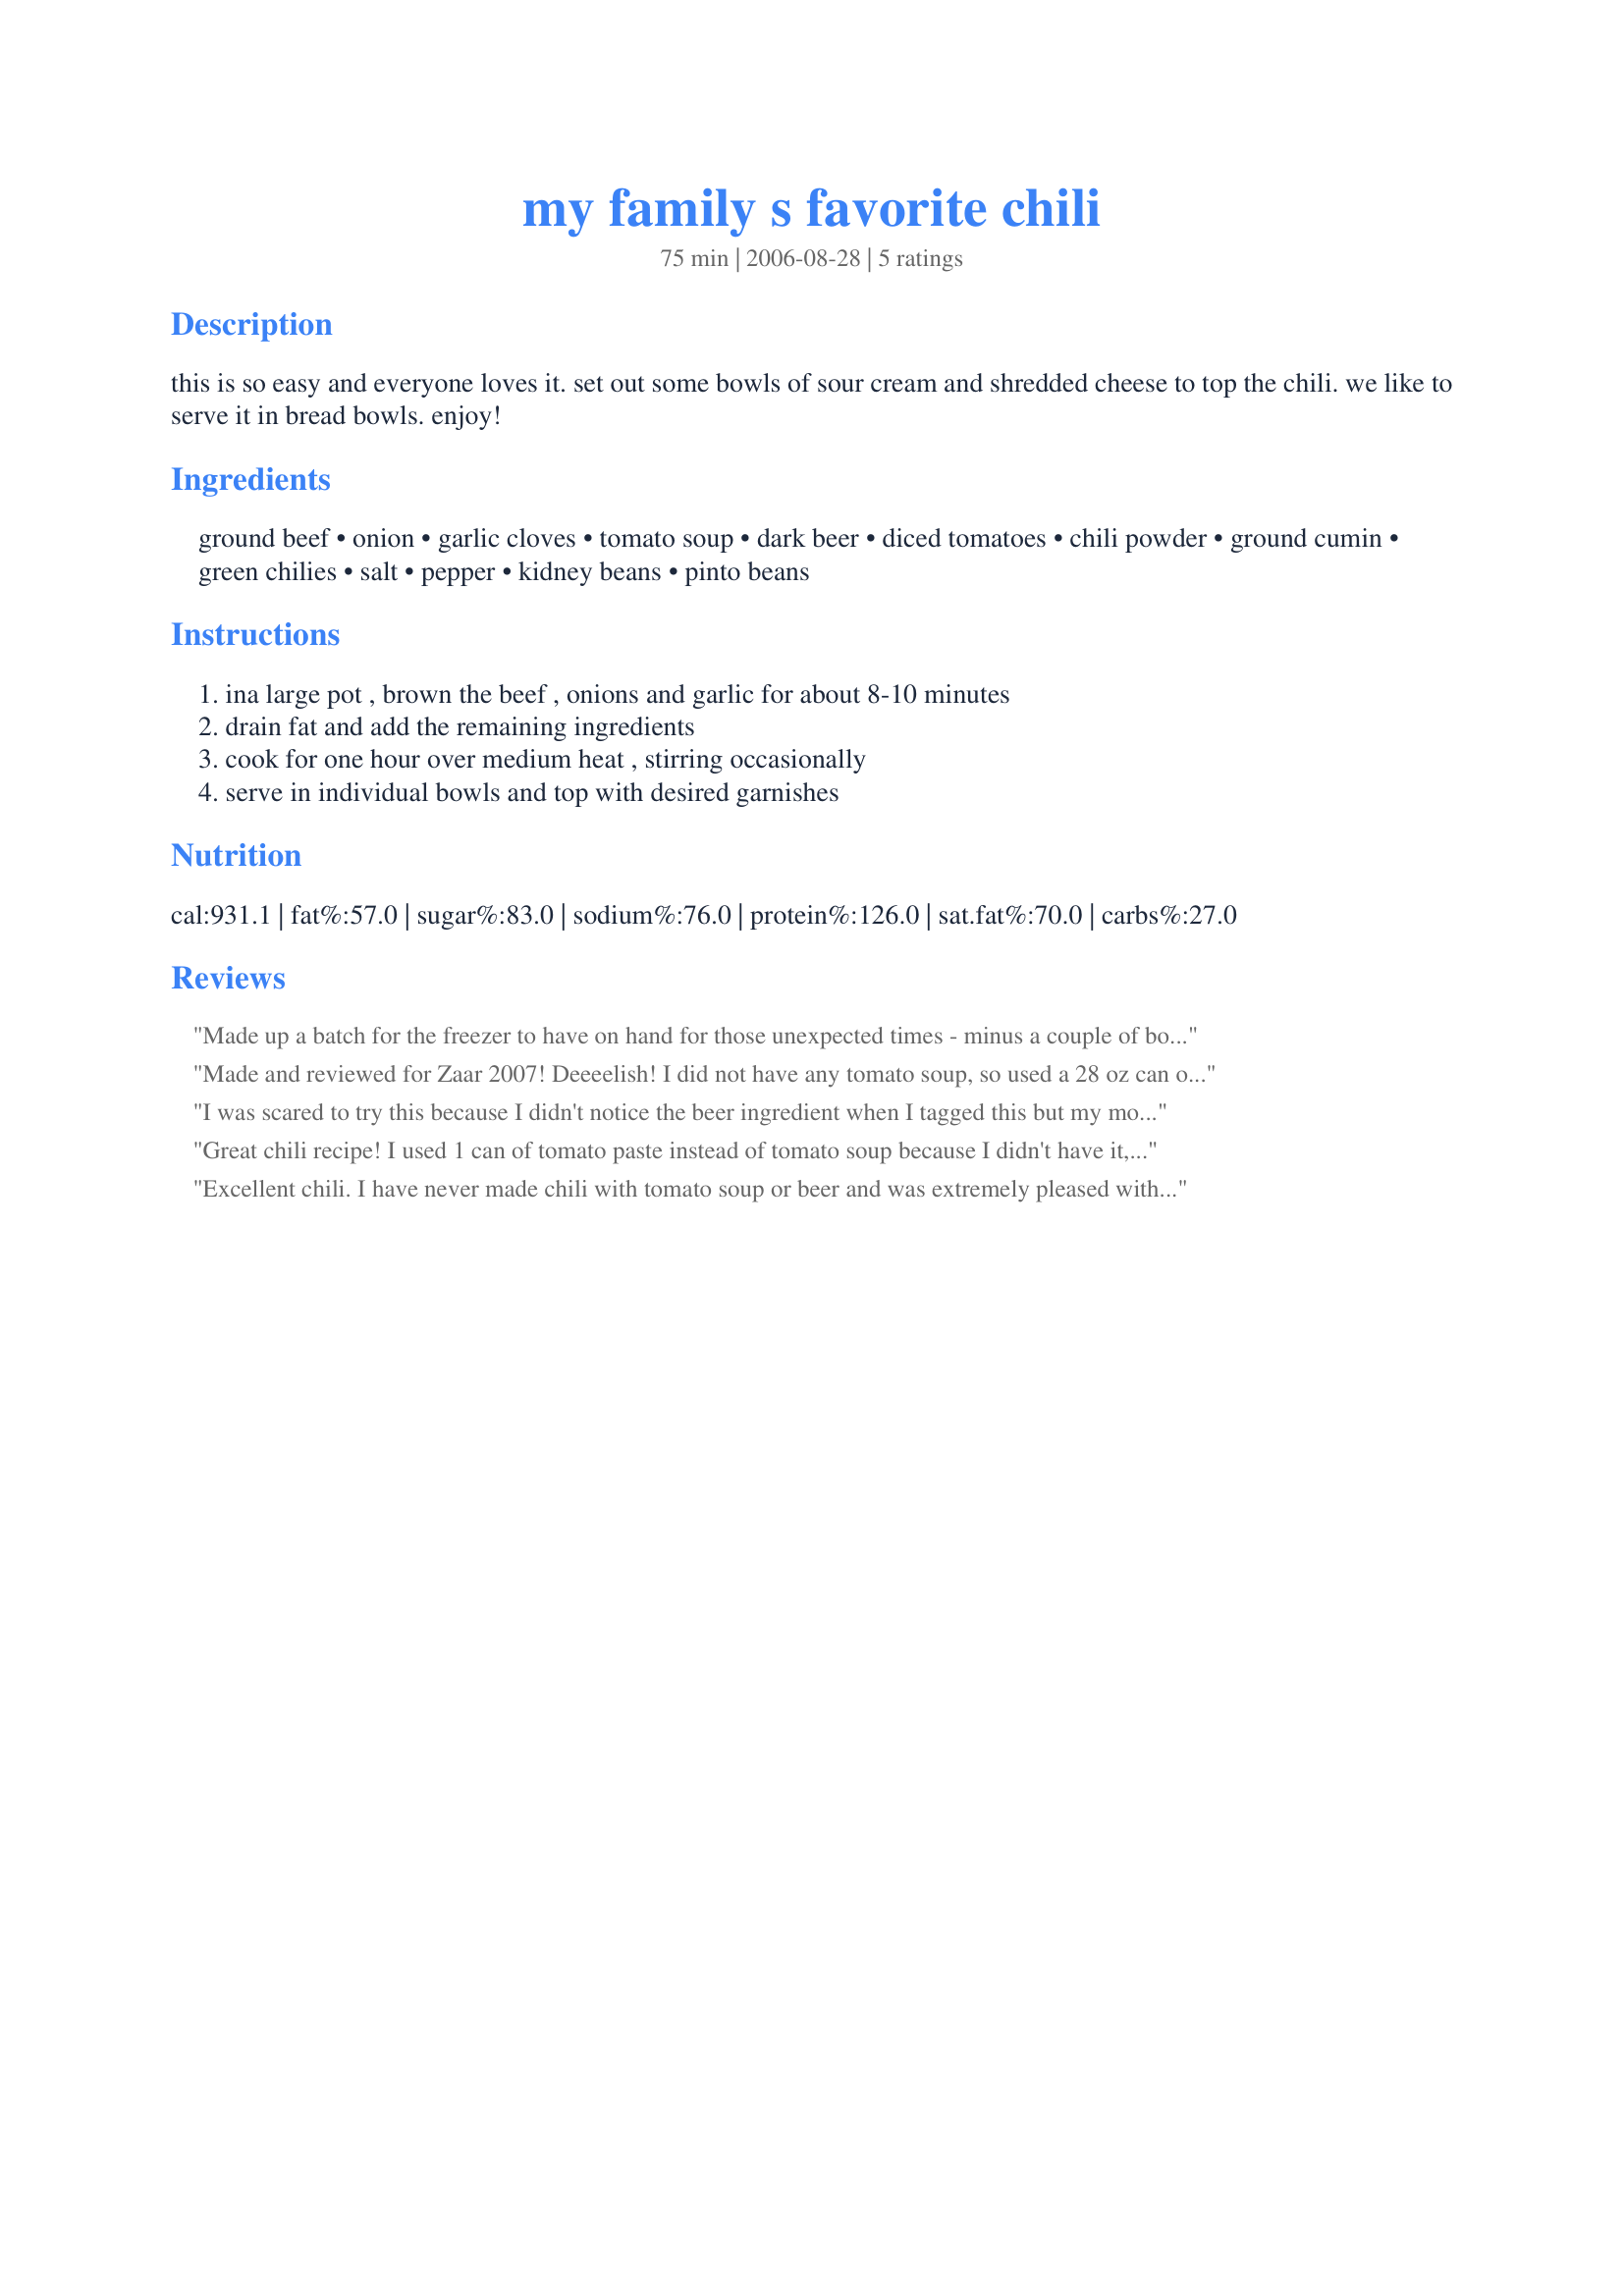
my family s favorite chili
Preparation time: 75 minutes

this is so easy and everyone loves it. set out some bowls of sour cream and shredded cheese to top the chili. we like to serve it in bread bowls. enjoy!

Ingredients:
ground beef, onion, garlic cloves, tomato soup, dark beer, diced tomatoes, chili powder, ground cumin, green chilies, salt, pepper, kidney beans, pinto beans

Steps:
ina large pot , brown the beef , onions and garlic for about 8-10 minutes, drain fat and add the remaining ingredients, cook for one hour over medium heat , stirring occasionally, serve in individual bowls and top with desired garnishes

Reviews:
Made up a batch for the freezer to have on hand for those unexpected times - minus a couple of bowls for lunch today. Other then only using half a bottle of light beer, I made a posted (didn't see the beer either till I was into the making!) Loved the addition of the pinto beans. Added to my Chili Cookbook - yes it is that good. Thank you Susie!
Made and reviewed for Zaar 2007! Deeeelish!
I did not have any tomato soup, so used a 28 oz can of chopped tomatoes and some tomato paste. I also added some Heinz baked beans because I did not have pinto beans. I'll definitely make this again! My BF LOVED it!
I was scared to try this because I didn't notice the beer ingredient when I tagged this but my mom said it boils away. It was very good. My dad ate 3 bowls of it.
Great chili recipe! I used 1 can of tomato paste instead of tomato soup because I didn't have it, added an additional can of kidney beans, used a can of pork and beans instead of pinto beans and threw in the remains of our Diet Coke (about 1/2 cup) and still tasted great! The leftovers are just as good! Thanks for sharing!
Excellent chili. I have never made chili with tomato soup or beer and was extremely pleased with the outcome. The flavors went together so well. I added 6 cloved of garlic but other than that made as directed. Thanks sc for a wonderful meal.
